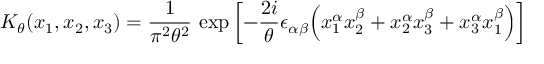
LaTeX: K _ { \theta } ( x _ { 1 } , x _ { 2 } , x _ { 3 } ) = \frac { 1 } { \pi ^ { 2 } \theta ^ { 2 } } \, \exp \left[ - \frac { 2 i } { \theta } \epsilon _ { \alpha \beta } \Bigl ( x _ { 1 } ^ { \alpha } x _ { 2 } ^ { \beta } + x _ { 2 } ^ { \alpha } x _ { 3 } ^ { \beta } + x _ { 3 } ^ { \alpha } x _ { 1 } ^ { \beta } \Bigr ) \right]